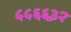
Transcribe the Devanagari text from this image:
५५६६३२